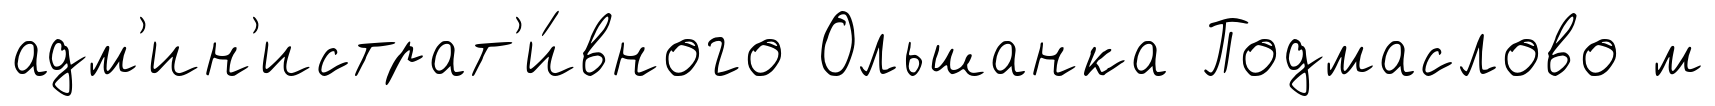
адм'ин'истрат'и́вного Ольшанка Подмаслово м